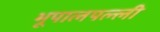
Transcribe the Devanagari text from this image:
भूपालपल्ली